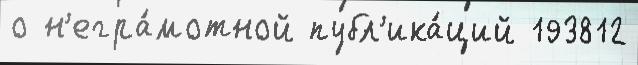
о н'егра́мотной публ'ика́ций 193812